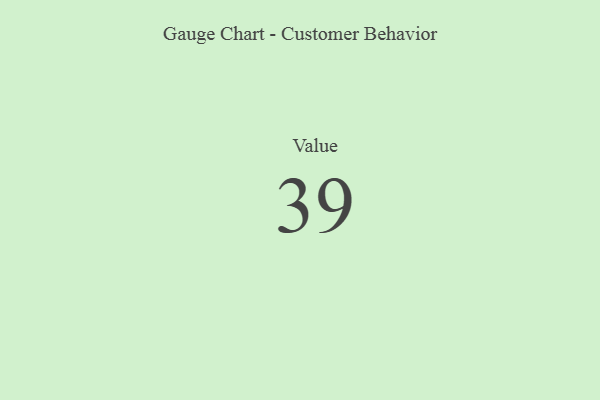
{"axis": {"x": "Metric", "y": "Value"}, "legend": [""], "data": [{"x": "Value", "y": 39, "type": ""}]}